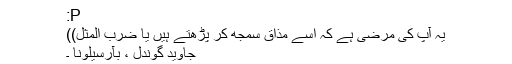
:P
(یہ آپ کی مرضی ہے کہ اسے مذاق سمجھ کر پڑھتے ہیں یا ضرب المثل)
جاوید گوندل ، بآرسیلونا ۔